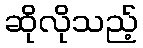
ဆိုလိုသည့်